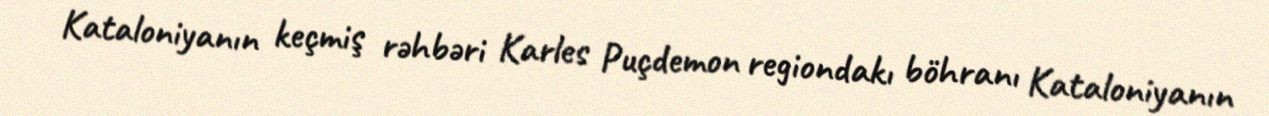
Kataloniyanın keçmiş rəhbəri Karles Puçdemon regiondakı böhranı Kataloniyanın